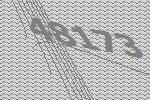
48173